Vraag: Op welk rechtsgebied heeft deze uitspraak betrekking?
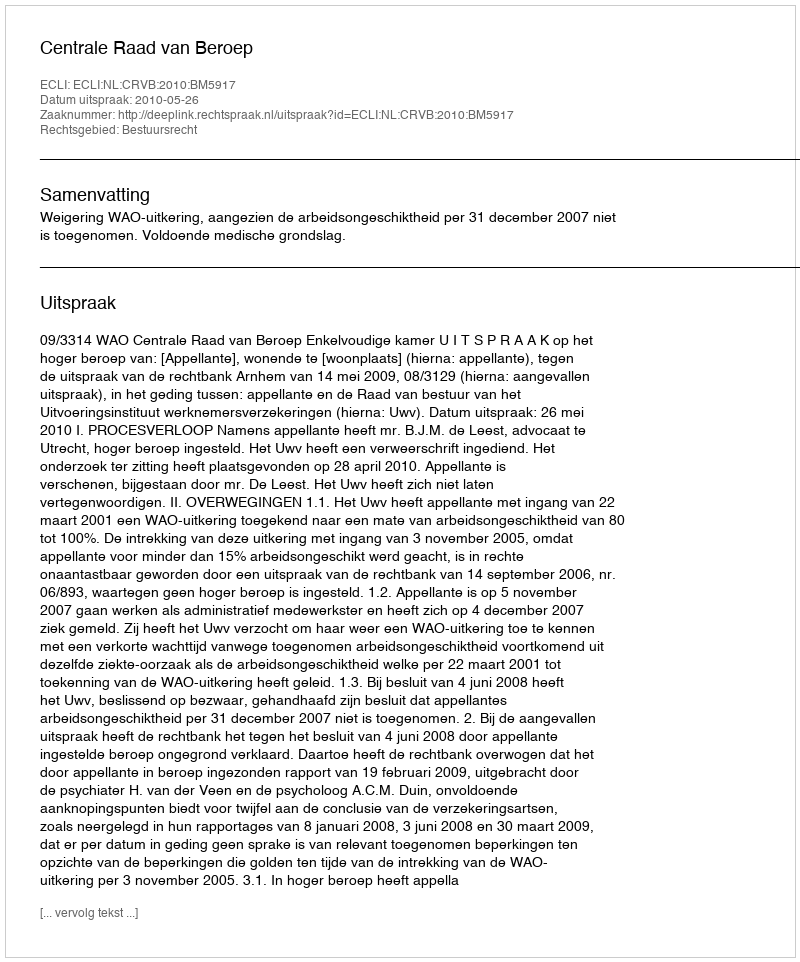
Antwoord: Bestuursrecht